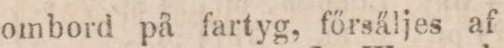
ombord på fartyg, főrsäljes af